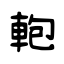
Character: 軳